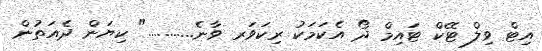
އިޓް ވިލް ޓޭކް ޓައިމް ދޯ އެކަމަކު ރިކަވަރ ވާނެ..........." ކިޔަން ދެއަތުން